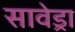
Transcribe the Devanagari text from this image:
सावेड्रा